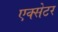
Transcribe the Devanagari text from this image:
एक्‍सेटर